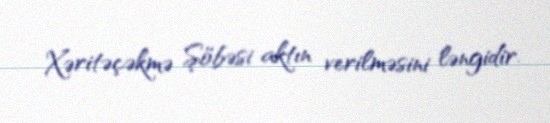
Xəritəçəkmə Şöbəsi aktın verilməsini ləngidir.